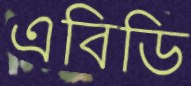
এবিডি